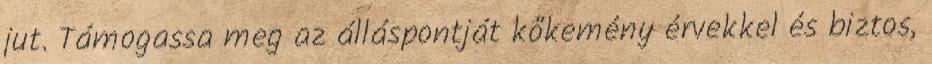
jut. Támogassa meg az álláspontját kőkemény érvekkel és biztos,